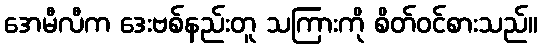
အေမီလီက ဒေးဗစ်နည်းတူ သကြားကို စိတ်ဝင်စားသည်။